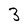
Character: 3